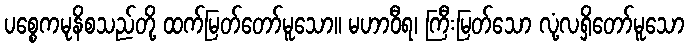
ပစ္စေကမုနိစသည်တို့ ထက်မြတ်တော်မူသော။ မဟာဝီရ၊ ကြီးမြတ်သော လုံ့လရှိတော်မူသော